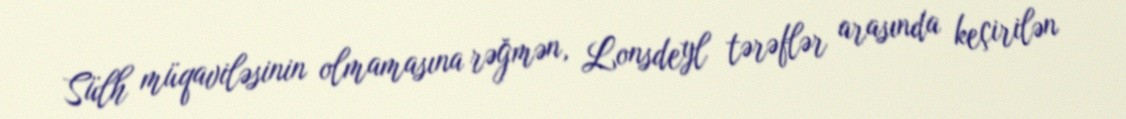
Sülh müqaviləsinin olmamasına rəğmən, Lonsdeyl tərəflər arasında keçirilən